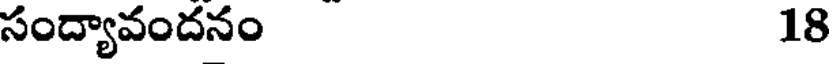
సంద్యావందనం 18